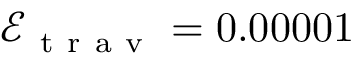
\mathcal { E } _ { \mathrm { ~ t ~ r ~ a ~ v ~ } } = 0 . 0 0 0 0 1